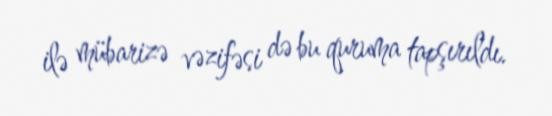
ilə mübarizə vəzifəsi də bu quruma tapşırıldı.